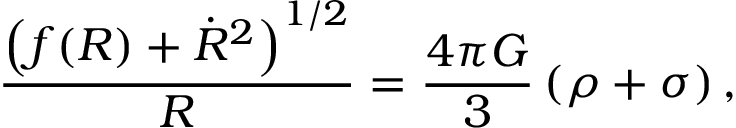
\frac { \left( f ( R ) + \dot { R } ^ { 2 } \right) ^ { 1 / 2 } } { R } = \frac { 4 \pi G } { 3 } \, ( \rho + \sigma ) \, ,